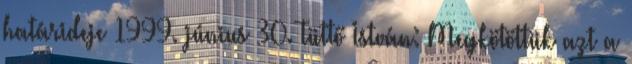
határideje 1999. június 30. Tüttő István: Megkötöttük azt a